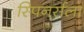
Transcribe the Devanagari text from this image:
स्पिनर्सला